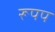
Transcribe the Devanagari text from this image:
रूपप